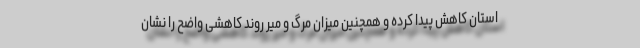
استان کاهش پیدا کرده و همچنین میزان مرگ و میر روند کاهشی واضح را نشان